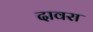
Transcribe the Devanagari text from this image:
दावरा